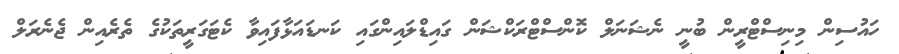
ހައުސިން މިނިސްޓްރީން ބުނީ ނެޝަނަލް ކޮންސްޓްރަކްޝަން ގައިޑްލައިންގައި ކަނޑައަޅާފައިވާ ކެޓަގަރީތަކުގެ ތެރެއިން ޖެނެރަލް